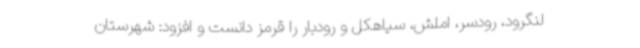
لنگرود، رودسر، املش، سیاهکل و رودبار را قرمز دانست و افزود: شهرستان